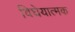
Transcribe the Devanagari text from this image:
विघेयात्मक